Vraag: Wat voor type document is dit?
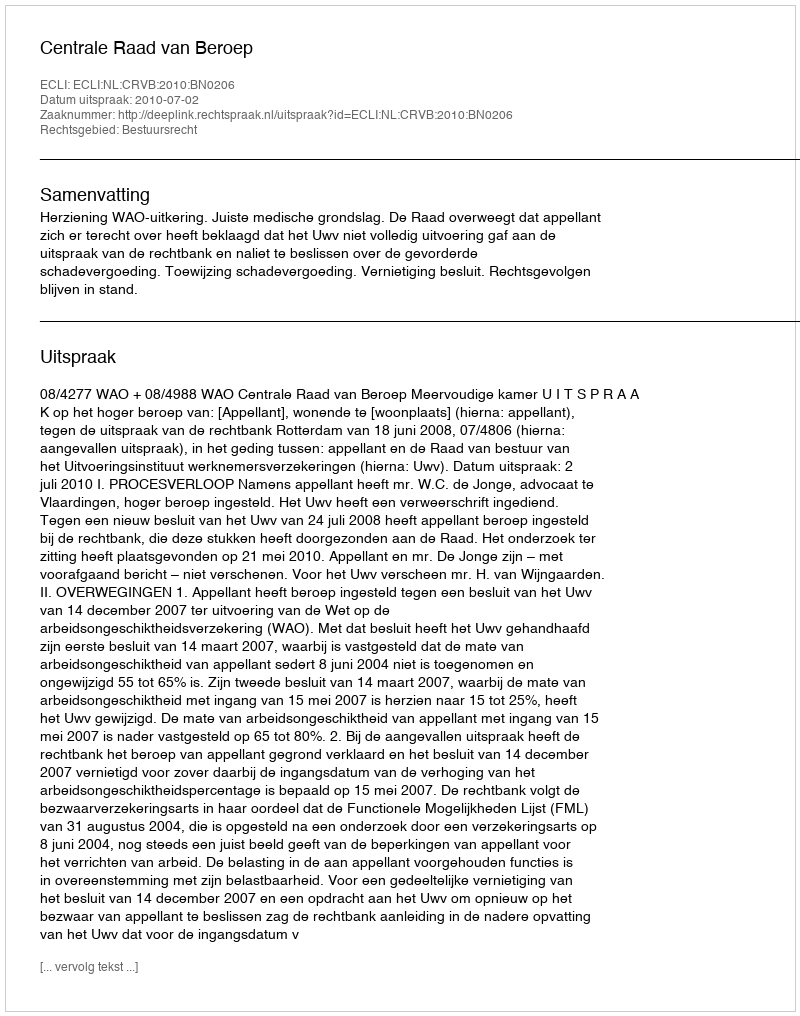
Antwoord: Uitspraak